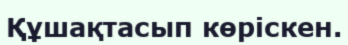
Құшақтасып көрiскен.